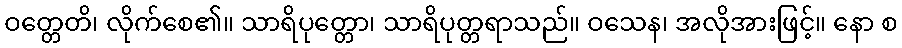
ဝတ္တေတိ၊ လိုက်စေ၏။ သာရိပုတ္တော၊ သာရိပုတ္တရာသည်။ ဝသေန၊ အလိုအားဖြင့်။ နော စ